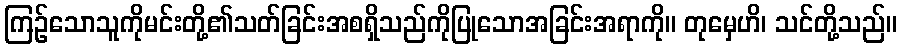
ကြဉ်သောသူကိုမင်းတို့၏သတ်ခြင်းအစရှိသည်ကိုပြုသောအခြင်းအရာကို။ တုမှေဟိ၊ သင်တို့သည်။